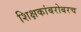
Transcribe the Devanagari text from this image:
शिक्षकांबरोबरच